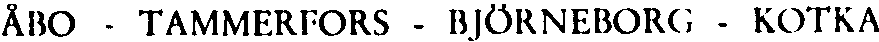
ÅBO - TAMMERFORS - BJÖRNEBORG - KOTKA